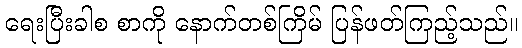
ရေးပြီးခါစ စာကို နောက်တစ်ကြိမ် ပြန်ဖတ်ကြည့်သည်။